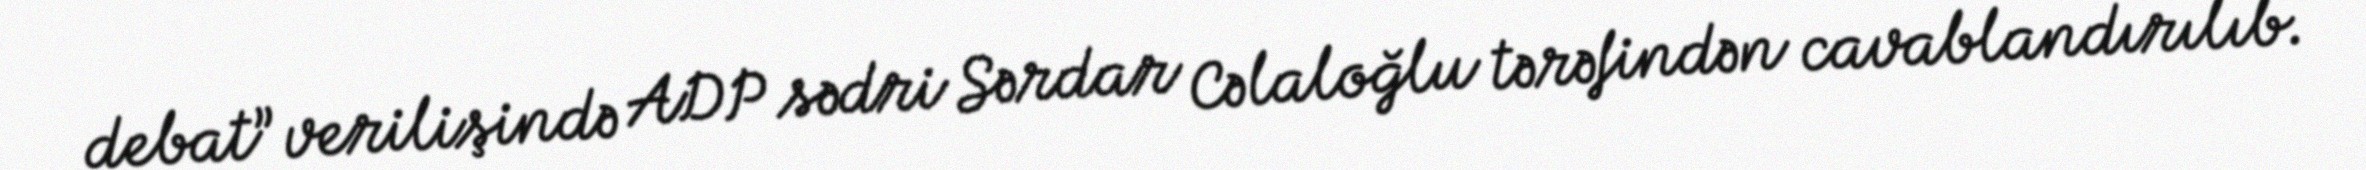
debat” verilişində ADP sədri Sərdar Cəlaloğlu tərəfindən cavablandırılıb.